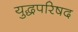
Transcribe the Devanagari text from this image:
युद्धपरिषद